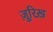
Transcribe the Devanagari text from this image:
ज़ूरिख़